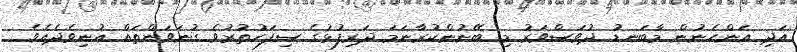
އަދި އަންހެނުން މާބަނޑު ދުވަސްވަރު މި ބޭނުންކުރާނަމަ ދަރިފުޅުގެ ސިފަހުތުރުވެ ގުނަވަންތައް އުނިވެދެއެވެ.